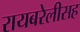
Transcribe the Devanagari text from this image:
रायबरेलीसह